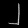
Digit: ၂